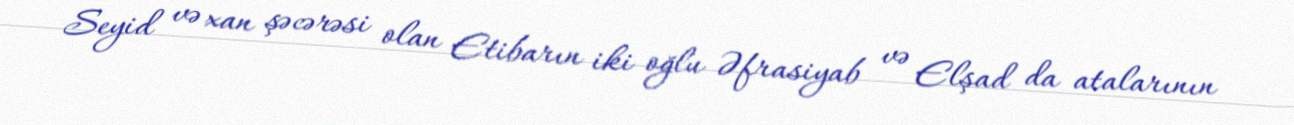
Seyid və xan şəcərəsi olan Etibarın iki oğlu Əfrasiyab və Elşad da atalarının